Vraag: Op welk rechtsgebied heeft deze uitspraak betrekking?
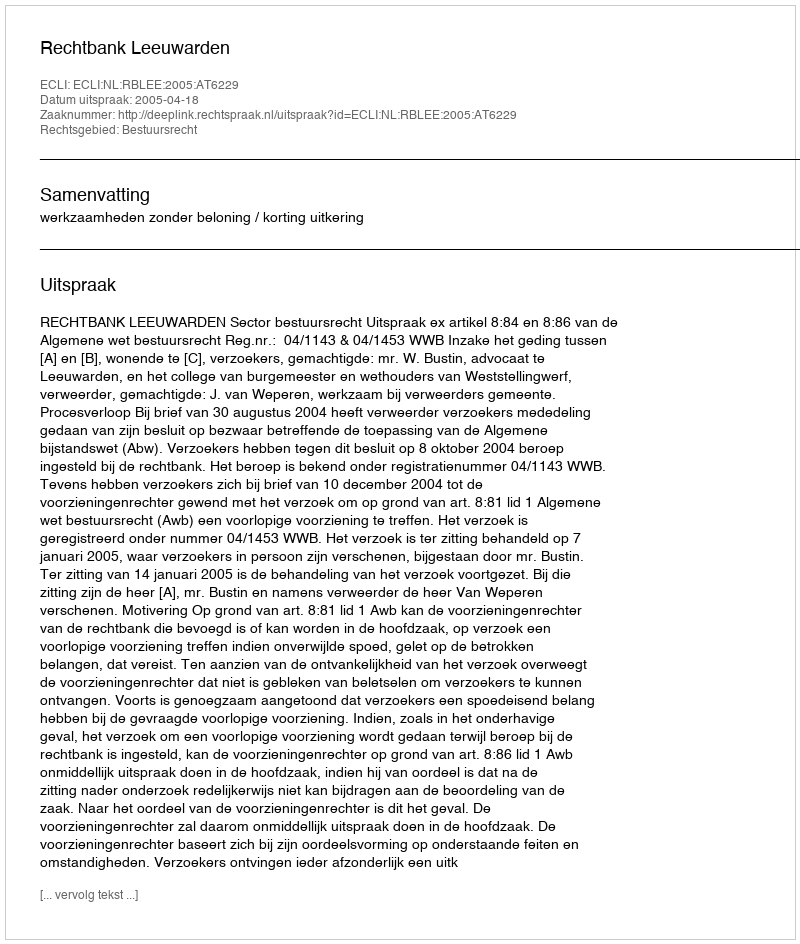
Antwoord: Bestuursrecht